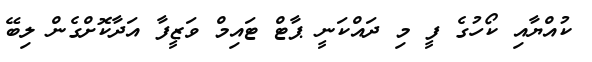
ކުއްޔާއި ކޯހުގެ ފީ މި ދައްކަނީ ޕާޓް ޓައިމް ވަޒީފާ އަދާކޮށްގެން ލިބޭ